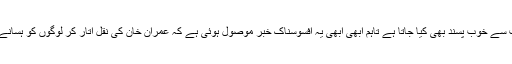
اور ان کے اس اسٹائل کو لوگوں کی جانب سے خوب پسند بھی کیا جاتا ہے تاہم ابھی ابھی یہ افسوسناک خبر موصول ہوئی ہے کہ عمران خان کی نقل اتار کر لوگوں کو ہسانے والے اداکار فرخ شاہ انتقال کر گئے ہیں۔